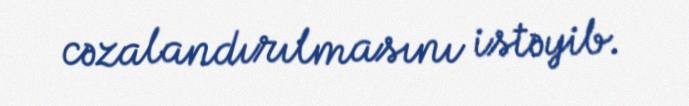
cəzalandırılmasını istəyib.